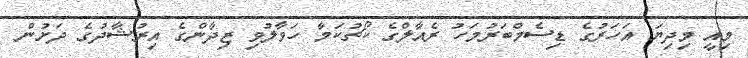
މިއީ މިދިޔަ އަހަރުގެ ޑިސެމްބަރުމަހު ރެއާލްގެ ކޯޗުކަމާ ހަވާލުވި ޒިދާންގެ އިރުޝާދުގެ ދަށުން